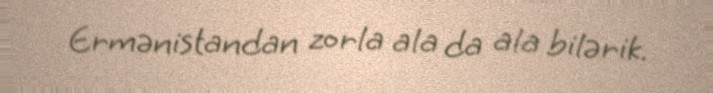
Ermənistandan zorla ala da ala bilərik.